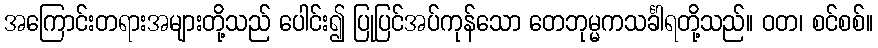
အကြောင်းတရားအများတို့သည် ပေါင်း၍ ပြုပြင်အပ်ကုန်သော တေဘုမ္မကသင်္ခါရတို့သည်။ ဝတ၊ စင်စစ်။